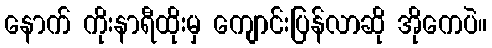
နောက် ကိုးနာရီထိုးမှ ကျောင်းပြန်လာဆို အိုကေပဲ။